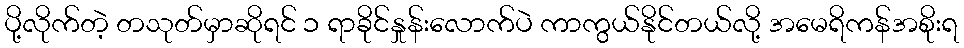
ပို့လိုက်တဲ့ တသုတ်မှာဆိုရင် ၁ ရာခိုင်နှုန်းလောက်ပဲ ကာကွယ်နိုင်တယ်လို့ အမေရိကန်အစိုးရ